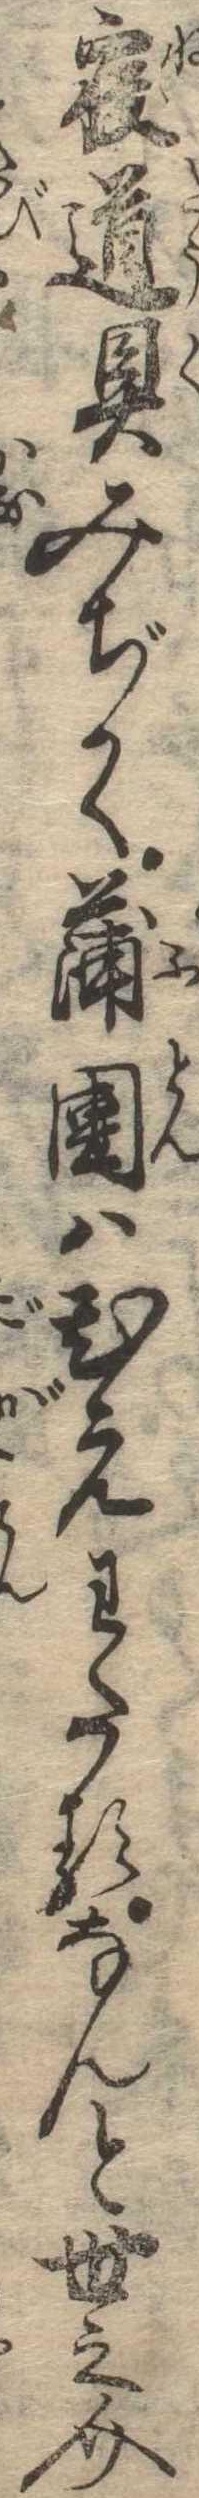
寝道具みぢかく蒲団はひえわたるなんと世之介